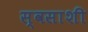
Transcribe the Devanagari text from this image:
स्वसाशी